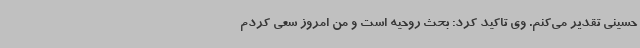
حسینی تقدیر می‌کنم. وی تاکید کرد: بحث روحیه است و من امروز سعی کردم